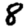
Digit: 8